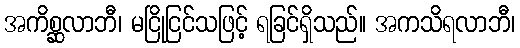
အကိစ္ဆလာဘီ၊ မငြိုငြင်သဖြင့် ရခြင်ရှိသည်။ အကသိရလာဘီ၊